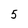
Character: 5